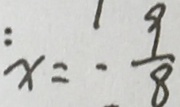
: x = - \frac { 9 } { 8 }